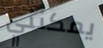
يمكنني